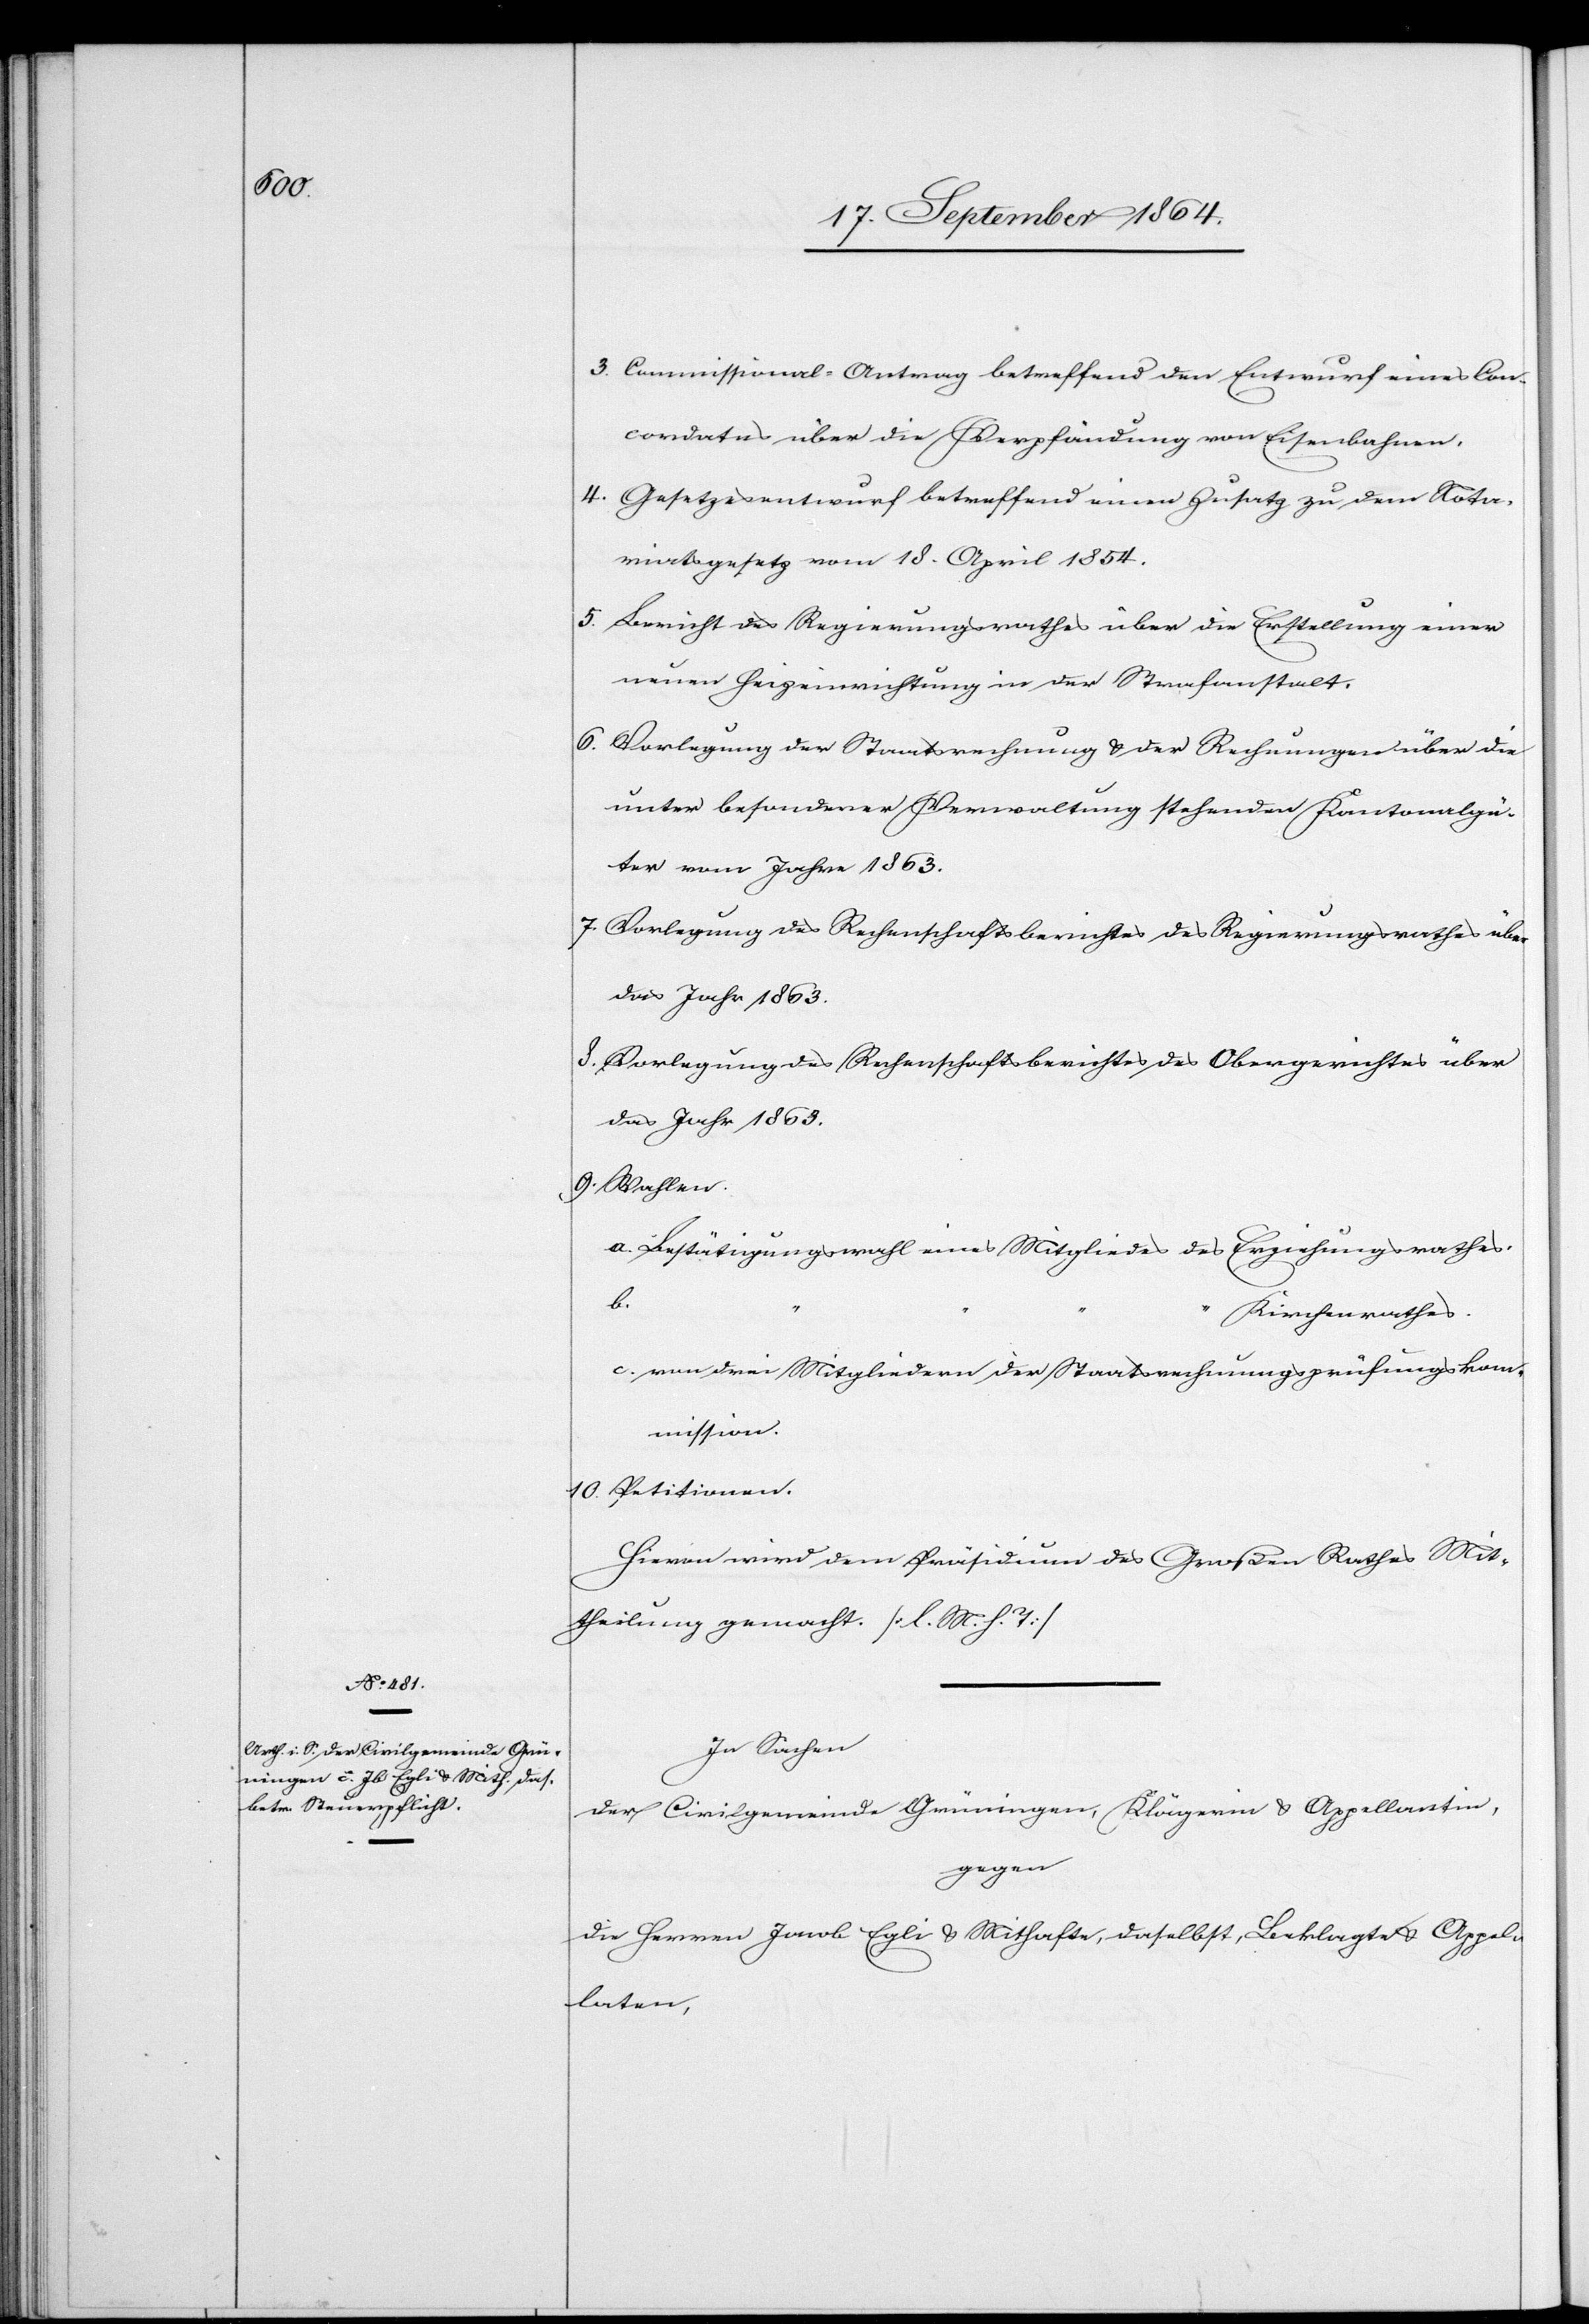
3.	Commissional-Antrag betreffend den Entwurf eines Con¬
cordates über die Verpfändung von Eisenbahnen.
4.	Gesetzesentwurf betreffend einen Zusatz zu dem Nota¬
riatsgesetz vom 18. April 1854.
5.	Bericht des Regierungsrathes über die Erstellung einer
neuen Heizeinrichtung in der Strafanstalt.
6. 	Vorlegung der Staatsrechnung & der Rechnungen über die
unter besonderer Verwaltung stehenden Kantonalgü¬
ter vom Jahre 1863.
7.	Vorlegung des Rechenschaftsberichtes des Regierungsrathes über
das Jahr 1863.
8.	Vorlegung des Rechenschaftsberichtes des Obergerichtes über
das Jahr 1863.
9.	Wahlen.
a. Bestätigungswahl eines Mitgliedes des Erziehungsrathes.
b.
Kirchenrathes.
c. von drei Mitgliedern der Staatsrechnungsprüfungskom¬
mission.
10.	Petitionen.
Hievon wird dem Präsidium des Großen Rathes Mit¬
theilung gemacht. [l. M. h. T.]